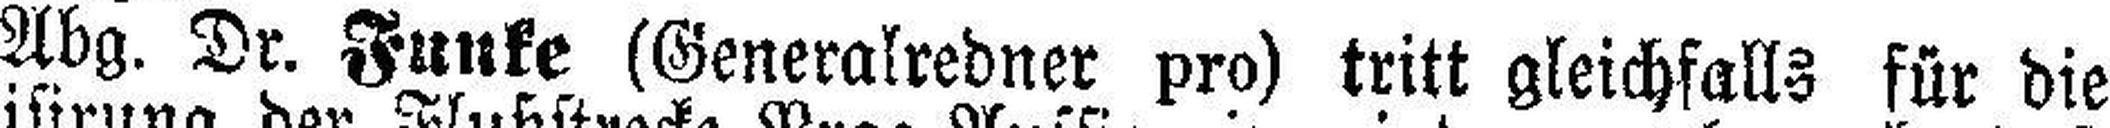
Abg. Dr. Funke (Generalredner pro) tritt gleichfalls für die